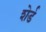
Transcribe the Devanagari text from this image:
शेर्ड